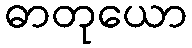
ဓာတုယော